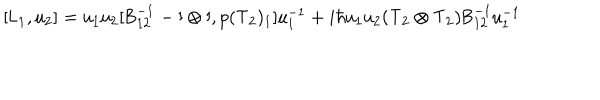
[ \mathsf { L } _ { 1 } , \mathsf { u } _ { 2 } ] = \mathsf { u _ { 1 } u _ { 2 } } [ \mathsf { B } _ { 1 2 } ^ { - 1 } - \mathsf { I \otimes I } , p ( \mathsf { T } _ { 2 } ) _ { 1 } ] \mathsf { u } _ { 1 } ^ { - 1 } + i \hbar \mathsf { u _ { 1 } u _ { 2 } } \mathsf { ( T _ { 2 } \otimes T _ { 2 } ) } \mathsf { B } _ { 1 2 } ^ { - 1 } \mathsf { u } _ { 1 } ^ { - 1 }